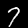
Digit: 7